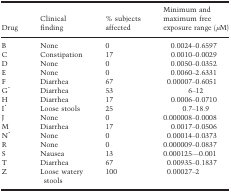
<table><thead><tr><td><b>Drug</b></td><td><b>Clinical finding</b></td><td><b>% subjects affected</b></td><td><b>Minimum and maximum free exposure range (<i>μ</i>M)</b></td></tr></thead><tbody><tr><td>B</td><td>None</td><td>0</td><td>0.0024–0.6597</td></tr><tr><td>C</td><td>Constipation</td><td>17</td><td>0.0010–0.0029</td></tr><tr><td>D</td><td>None</td><td>0</td><td>0.0050–0.0352</td></tr><tr><td>E</td><td>None</td><td>0</td><td>0.0060–2.6331</td></tr><tr><td>F</td><td>Diarrhea</td><td>67</td><td>0.00007–0.6051</td></tr><tr><td>G*</td><td>Diarrhea</td><td>53</td><td>6–12</td></tr><tr><td>H</td><td>Diarrhea</td><td>17</td><td>0.0006–0.0710</td></tr><tr><td>I*</td><td>Loose stools</td><td>25</td><td>0.7–18.9</td></tr><tr><td>J</td><td>None</td><td>0</td><td>0.000008–0.0008</td></tr><tr><td>M</td><td>Diarrhea</td><td>17</td><td>0.0017–0.0506</td></tr><tr><td>N*</td><td>None</td><td>0</td><td>0.00014–0.0373</td></tr><tr><td>R</td><td>None</td><td>0</td><td>0.000009–0.0837</td></tr><tr><td>S</td><td>Nausea</td><td>13</td><td>0.000125––0.001</td></tr><tr><td>T</td><td>Diarrhea</td><td>67</td><td>0.00935–0.1837</td></tr><tr><td>Z</td><td>Loose watery stools</td><td>100</td><td>0.00027–2</td></tr></tbody></table>